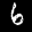
Label: 6